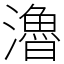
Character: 瀂